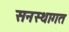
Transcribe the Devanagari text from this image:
सनस्थागत